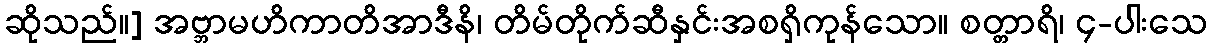
ဆိုသည်။] အဗ္ဘာမဟိကာတိအာဒီနိ၊ တိမ်တိုက်ဆီနှင်းအစရှိကုန်သော။ စတ္တာရိ၊ ၄-ပါးသေ